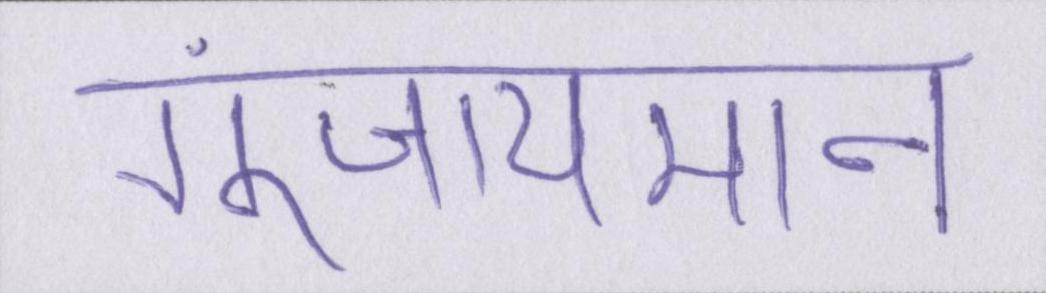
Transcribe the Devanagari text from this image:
गुंजायमान